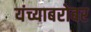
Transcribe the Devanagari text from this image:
यंच्याबरोबर